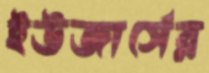
ইউজার্সের